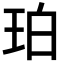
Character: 珀